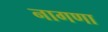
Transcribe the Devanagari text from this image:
नागणा